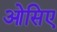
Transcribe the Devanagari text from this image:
ओसिए